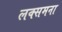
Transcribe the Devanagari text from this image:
लक्समना